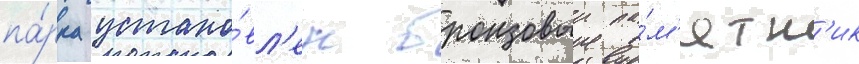
па́рка устано́вл'ен бронзовыи па́м'ятн'ик